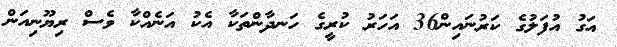
އަގު އުފަލުގެ ކަރުނައިން36 އަހަރު ކުރީގެ ހަނދާންތަކާ އެކު އަނެއްކާ ވެސް ރިޔޫނިއަން